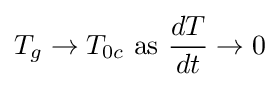
T_{g}\to T_{0c}{\text{ as }}{\frac {dT}{dt}}\to 0